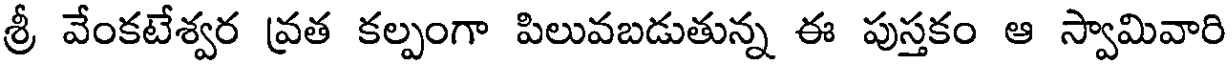
శ్రీ వేంకటేశ్వర వ్రత కల్పంగా పిలువబడుతున్న ఈ పుస్తకం ఆ స్వామివారి